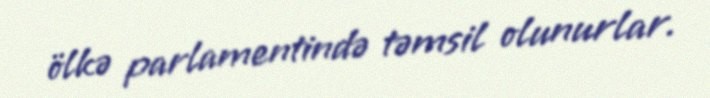
ölkə parlamentində təmsil olunurlar.